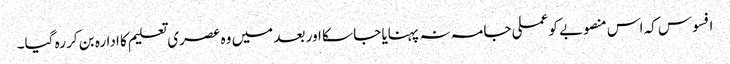
افسوس کہ اس منصوبے کو عملی جامہ نہ پہنایا جا سکا اور بعد میں وہ عصری تعلیم کا ادارہ بن کر رہ گیا۔